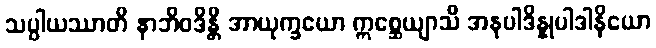
သပ္ပါယဿာတိ နာဘိဝဒိန္တိ အာယုက္ခယော ဣစ္ဆေယျာသိ အနုပါဒိန္နုပါဒါနိယော